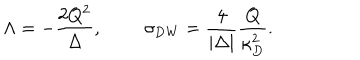
\Lambda = - { \frac { 2 Q ^ { 2 } } { \Delta } } , \ \sigma _ { \mathrm { D W } } = { \frac { 4 } { | \Delta | } } { \frac { Q } { \kappa _ { D } ^ { 2 } } } .